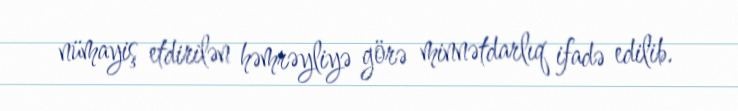
nümayiş etdirilən həmrəyliyə görə minnətdarlıq ifadə edilib.